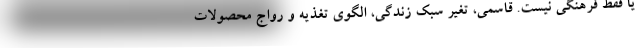
یا فقط فرهنگی نیست. قاسمی، تغیر سبک زندگی، الگوی تغذیه و رواج محصولات